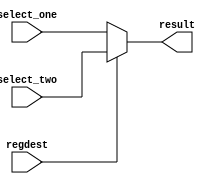
`timescale 1ns / 1ps
//////////////////////////////////////////////////////////////////////////////////
// Company: 
// Engineer: 
// 
// Design Name: 
// Module Name: sel_5
// Project Name: 
// Target Devices: 
// Tool Versions: 
// Description: 
// 
// Dependencies: 
// 
// Revision:
// Revision 0.01 - File Created
// Additional Comments:
// 
//////////////////////////////////////////////////////////////////////////////////


module five_bit_2to1(
    input [4:0] select_one,
    input [4:0] select_two,
    input regdest,
    output [4:0] result
    );
    
    assign result = (regdest == 1'b0 ? select_one : select_two);
endmodule